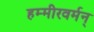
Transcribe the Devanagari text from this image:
हम्मीरवर्मन्